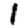
Digit: 1